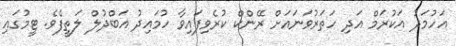
އަހުމަދު އަކުރަމް އަދި ހަތަރުވަނައަށް ރޭންކް ކުރެވިފައިވާ ހުމައިދު އަބްދުލް ލަތީފެވެ. ޓީމުގައި